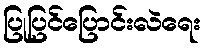
ပြုပြင်ပြောင်းလဲရေး